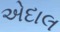
એદાલ